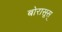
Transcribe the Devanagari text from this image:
बोरासूस्